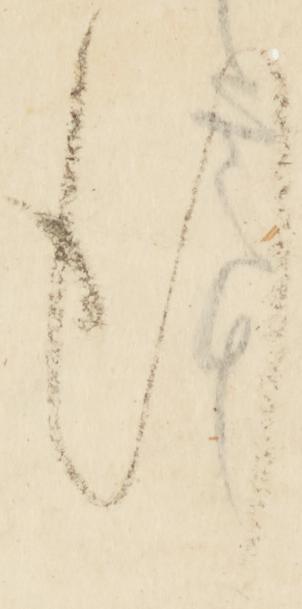
行